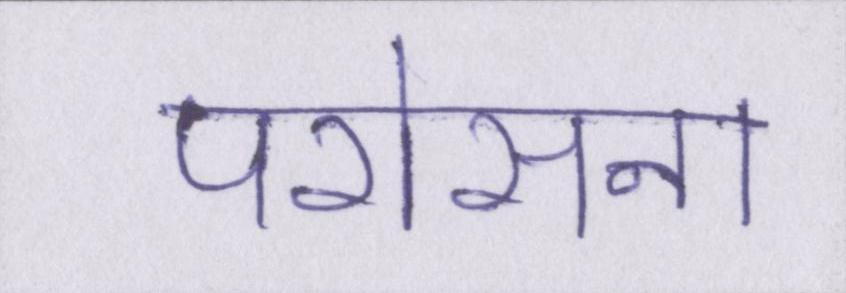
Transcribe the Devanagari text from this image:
परोसना